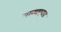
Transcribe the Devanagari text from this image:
लाव्याएवडा